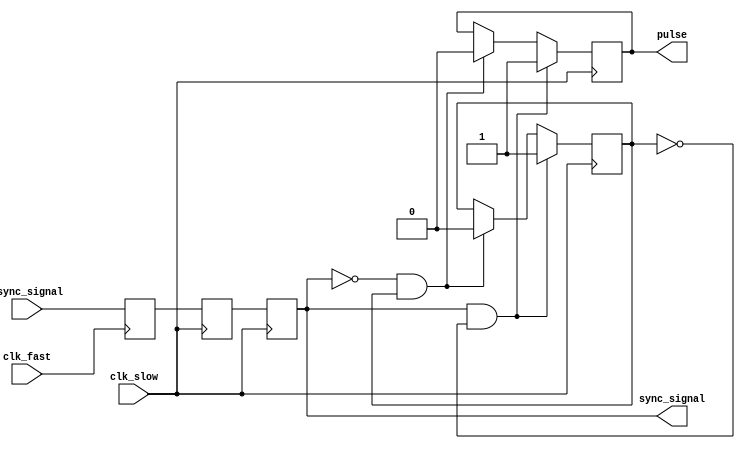
module pulsed_synchronizer (
    input wire async_signal,     // Input signal from the fast clock domain
    input wire clk_fast,         // Fast clock domain
    input wire clk_slow,         // Slow clock domain
    output reg sync_signal,      // Synchronized output signal
    output reg pulse             // Pulsed output signal
);

    reg async_reg1;              // First stage of synchronization
    reg async_reg2;              // Second stage of synchronization

    // First flip-flop to capture the async signal on the fast clock
    always @(posedge clk_fast) begin
        async_reg1 <= async_signal;
    end

    // Second flip-flop to synchronize the output on the slow clock
    always @(posedge clk_slow) begin
        async_reg2 <= async_reg1;
        sync_signal <= async_reg2;
    end

    // Pulse generation logic
    reg pulse_reg;               // Register to hold pulse state

    // Generate pulse on rising edge of sync_signal
    always @(posedge clk_slow) begin
        if (sync_signal && !pulse_reg) begin
            pulse <= 1'b1;       // Assert pulse
            pulse_reg <= 1'b1;   // Set pulse register
        end else if (!sync_signal && pulse_reg) begin
            pulse <= 1'b0;       // De-assert pulse
            pulse_reg <= 1'b0;   // Reset pulse register
        end
    end

endmodule